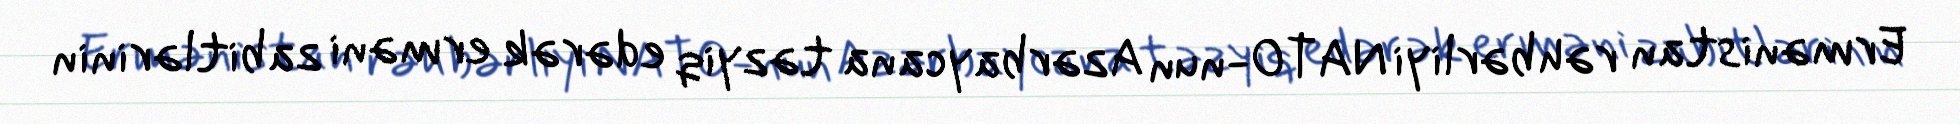
Ermənistan rəhbərliyi NATO-nun Azərbaycana təzyiq edərək erməni zabitlərinin